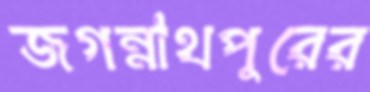
জগন্নাথপুরের